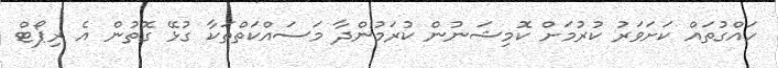
ހައްގުތައް ކަށަވަރު ކުރުމަށް ކޮމިޝަނުން ކުރަމުންދާ މަސައްކަތްތަކާ ގުޅޭ ގޮތުން އެ ރިޕޯޓް